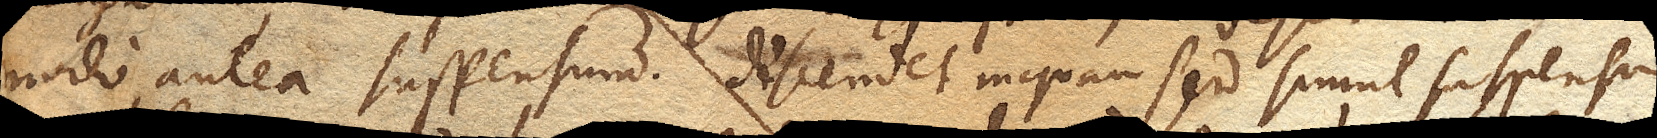
modo, antea suspensum. Descendet inquam sed simul suspensum